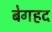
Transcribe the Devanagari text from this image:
बेगहद